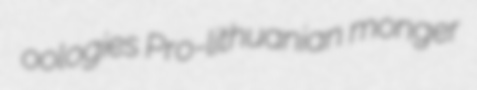
oologies Pro-lithuanian monger